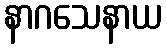
နာဂသေနာယ